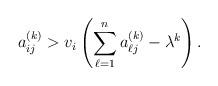
LaTeX: \begin{align*}a_{ij}^{(k)} > v_i \left(\sum_{\ell=1}^na_{\ell j}^{(k)} - \lambda^k\right).\end{align*}